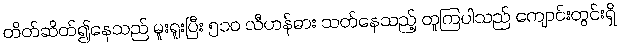
တိတ်ဆိတ်၍နေသည် မူးရူးပြီး ၅၁၀ လီဟန်ဓား သတ်နေသည့် တူကြပါသည် ကျောင်းတွင်းရှိ